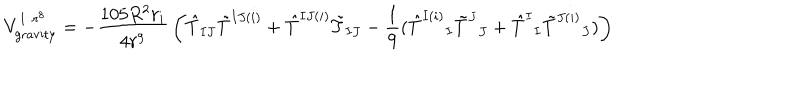
V _ { \mathrm { g r a v i t y } } ^ { 1 / r ^ { 8 } } = - { \frac { 1 0 5 R ^ { 2 } r _ { i } } { 4 r ^ { 9 } } } \left( \hat { T } _ { I J } \tilde { T } ^ { I J ( i ) } + \hat { T } ^ { I J ( i ) } \tilde { T } _ { I J } - { \frac { 1 } { 9 } } ( \hat { T } ^ { I ( i ) } { } _ { I } \tilde { T } ^ { J } { } _ { J } + \hat { T } ^ { I } { } _ { I } \tilde { T } ^ { J ( i ) } { } _ { J } ) \right) \,